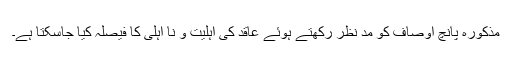
مذکورہ پانچ اوصاف کو مدِّ نظر رکھتے ہوئے عاقد کی اہلیت و نا اہلی کا فیصلہ کیا جاسکتا ہے۔